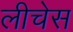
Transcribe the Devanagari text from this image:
लीचेस